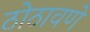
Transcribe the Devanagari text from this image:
ठोठावणे